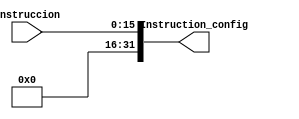
module Sign_Extend(
    input [15:0]Instruccion,
    output reg [31:0]Instruction_config
);

assign Instruction_config = {16'b0000000000000000, Instruccion};

endmodule